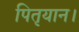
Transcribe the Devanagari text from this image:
पितृयान।